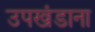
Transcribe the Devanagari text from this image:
उपखंडाना